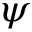
\psi